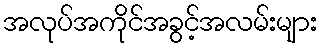
အလုပ်အကိုင်အခွင့်အလမ်းများ